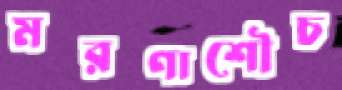
মরণাশৌচ